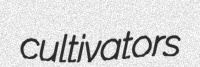
cultivators